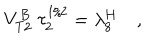
V _ { T 2 } ^ { B } \ \tau _ { 2 } ^ { 1 / 2 } = \lambda _ { 8 } ^ { H } \quad ,